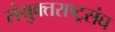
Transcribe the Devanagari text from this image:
संयुक्तराष्ट्रसंघ